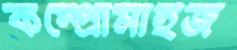
কম্প্রোমাইজ